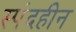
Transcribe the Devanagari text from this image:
स्पंदहीन